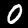
Label: 0